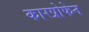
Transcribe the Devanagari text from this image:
कारप्रोफेन